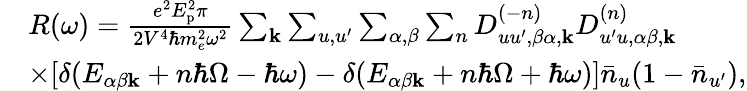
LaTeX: \begin{array}{rl}&{R(\omega)=\frac{e^{2}E_{\textrm{p}}^{2}\pi}{2V^{4}\hbar m_{e}^{2}\omega^{2}}\sum_{\mathbf{k}}\sum_{u,u^{\prime}}\sum_{\alpha,\beta}\sum_{n}D_{uu^{\prime},\beta\alpha,\mathbf{k}}^{(-n)}D_{u^{\prime}u,\alpha\beta,\mathbf{k}}^{(n)}}\\ &{\times[\delta(E_{\alpha\beta\mathbf{k}}+n\hbar\Omega-\hbar\omega)-\delta(E_{\alpha\beta\mathbf{k}}+n\hbar\Omega+\hbar\omega)]\bar{n}_{u}(1-\bar{n}_{u^{\prime}}),}\end{array}